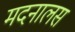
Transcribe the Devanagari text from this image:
मदनालस